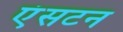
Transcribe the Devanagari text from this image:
एंसटन